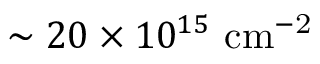
\sim 2 0 \times 1 0 ^ { 1 5 } \ \mathrm { c m ^ { - 2 } }